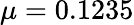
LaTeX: \mu=0.1235